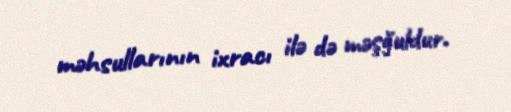
məhsullarının ixracı ilə də məşğuldur.